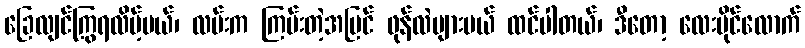
ခြေလျင်ကြွရလိမ့်မယ်၊ လမ်းက ကြမ်းတဲ့အပြင် ဖုန်လဲများမယ် ထင်ပါတယ်၊ ဒီတော့ လေးမိုင်လောက်